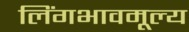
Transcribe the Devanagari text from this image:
लिंगभावमूल्य